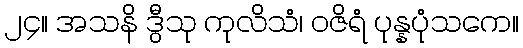
၂၄။ အသနိ ဒွီသု ကုလိသံ၊ ဝဇိရံ ပုန္နပုံသကေ။